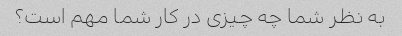
به نظر شما چه چیزی در کار شما مهم است؟